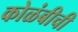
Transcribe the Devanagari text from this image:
कोळंबीची